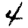
Digit: 4